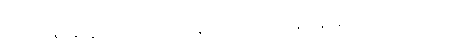
ရသော နွားနို့၊ နို့ဓမ်း၊ ထောပတ်၊ နွားကျင်ငယ်ရည်နှင့် နွားချေးတို့ ဖြစ်ကြသည်။